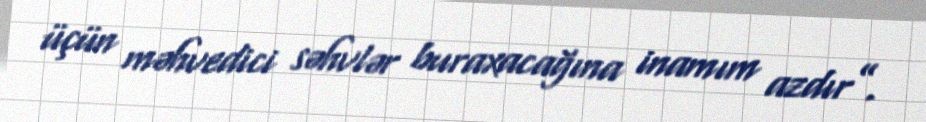
üçün məhvedici səhvlər buraxacağına inamım azdır”.